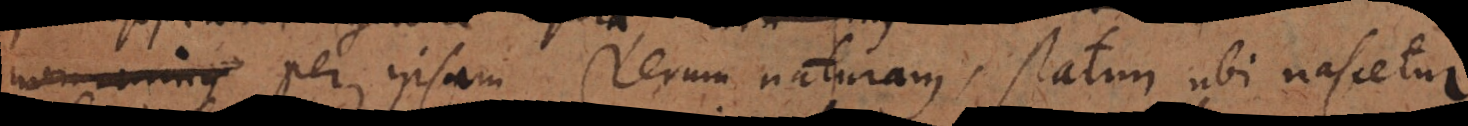
non minus per ipsam rerum naturam, statim ubi nascetur